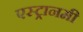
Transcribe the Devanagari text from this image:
एस्ट्रानमी